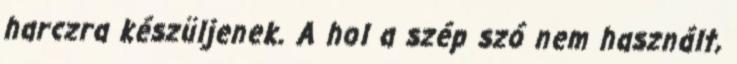
harczra készüljenek. A hol a szép szó nem használt,